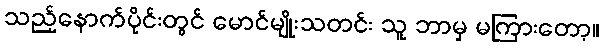
သည့်နောက်ပိုင်းတွင် မောင်မျိုးသတင်း သူ ဘာမှ မကြားတော့။